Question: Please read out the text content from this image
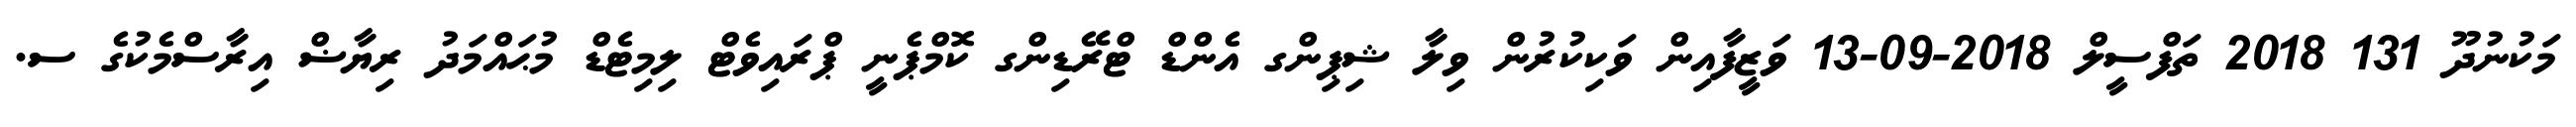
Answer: މަކުނުދޫ 131 2018 ތަފްސީލް 2018-09-13 ވަޒީފާއިން ވަކިކުރުން ވިލާ ޝިޕިންގ އެންޑް ޓްރޭޑިންގ ކޮމްޕެނީ ޕްރައިވެޓް ލިމިޓެޑް މުޙައްމަދު ރިޔާޟް އިރާސްމެކުގެ ސ.